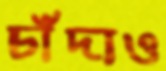
চাঁদাও